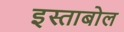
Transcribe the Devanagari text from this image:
इस्ताबोल